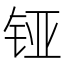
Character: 铔